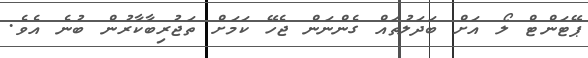
ޕޭޓަންޓް ލޯ އަށް ބަދަލުތައް ގެންނަން ޖެހޭ ކަމަށް ތަޖުރިބާކާރުން ބުނެ އެވެ.